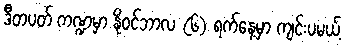
ဒီတပတ် ကဏ္ဍမှာ နိုဝင်ဘာလ (၆) ရက်နေ့မှာ ကျင်းပမယ့်